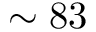
\sim 8 3